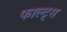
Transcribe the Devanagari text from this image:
फाल्ट्स